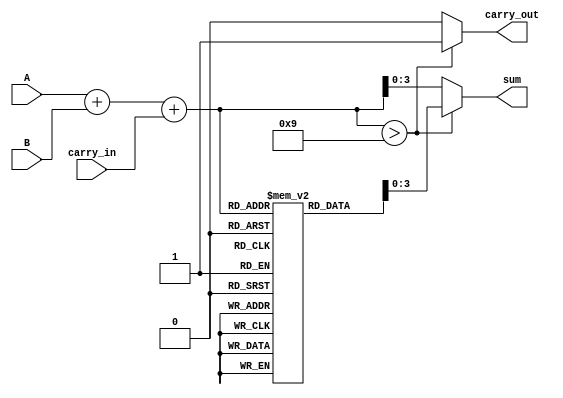
module BCD_LUT_Adder (
    input  [3:0] A,          // BCD digit A
    input  [3:0] B,          // BCD digit B
    input        carry_in,    // Carry input
    output reg [3:0] sum,     // BCD sum output
    output reg carry_out       // Carry output
);

    // Intermediate signals
    wire [4:0] binary_sum;    // 5-bit sum to accommodate carry
    reg [4:0] lut [0:18];      // LUT for BCD correction

    // Initial binary addition
    assign binary_sum = A + B + carry_in;

    // LUT initialization
    initial begin
        // Mapping of sums to BCD outputs
        lut[0]  = 5'b00000; // 0
        lut[1]  = 5'b00001; // 1
        lut[2]  = 5'b00010; // 2
        lut[3]  = 5'b00011; // 3
        lut[4]  = 5'b00100; // 4
        lut[5]  = 5'b00101; // 5
        lut[6]  = 5'b00110; // 6
        lut[7]  = 5'b00111; // 7
        lut[8]  = 5'b01000; // 8
        lut[9]  = 5'b01001; // 9
        lut[10] = 5'b01010; // 10 (adjusted to 0)
        lut[11] = 5'b01011; // 11 (adjusted to 1)
        lut[12] = 5'b01100; // 12 (adjusted to 2)
        lut[13] = 5'b01101; // 13 (adjusted to 3)
        lut[14] = 5'b01110; // 14 (adjusted to 4)
        lut[15] = 5'b01111; // 15 (adjusted to 5)
        lut[16] = 5'b10000; // 16 (adjusted to 6)
        lut[17] = 5'b10001; // 17 (adjusted to 7)
        lut[18] = 5'b10010; // 18 (adjusted to 8)
    end

    // Always block to compute sum and carry_out
    always @(*) begin
        if (binary_sum > 9) begin
            sum = lut[binary_sum]; // Use LUT for correction
            carry_out = 1'b1;       // Set carry_out
        end else begin
            sum = binary_sum[3:0]; // Valid BCD, no correction needed
            carry_out = 1'b0;       // No carry_out
        end
    end

endmodule